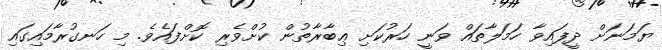
ޔަމަނަށް ދީފައިވާ ހަމަލާތައް ވަނީ ހަރުކަށި ޢިބާރާތުން ކުށްވެރި ކޮށްފައެވެ. މި ހަނގުރާމައިގައި